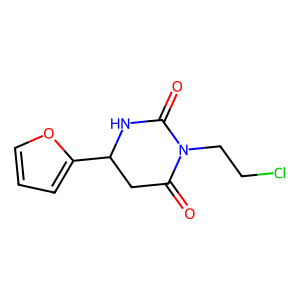
SMILES: O=C1CC(c2ccco2)NC(=O)N1CCCl
Inhibits HIV replication: No